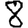
Digit: 8